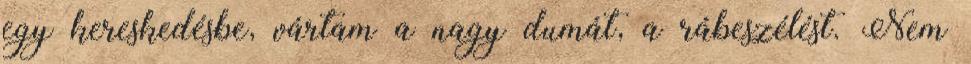
egy kereskedésbe, vártam a nagy dumát, a rábeszélést. Nem